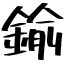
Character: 鍮